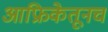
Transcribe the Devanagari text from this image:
आफ्रिकेतूनच